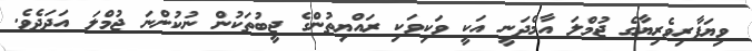
ވިޔަފާރިވެރިޔާގެ ޖުމްލަ އާމްދަނީ އަކީ ވަކިވަކި ރައްޔިތުންގެ ޖީބުތަކުން ނުކުންނަ ޖުމްލަ އަދަދެވެ.